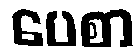
ပေစာ